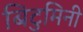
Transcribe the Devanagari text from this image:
बिटुमिनी